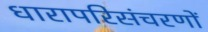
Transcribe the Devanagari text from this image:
धारापरिसंचरणों